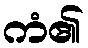
ကံ၏